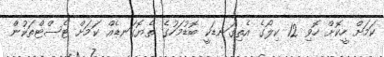
ކަމަށް ހީކޮށް ހޮވި 12 ކިލޯގެ އެތިގަނޑަކީ ބޮޑުމަހުގެ ތެޔޮގަނޑެއް ކަމަށް ޓެސްޓްތަކުން